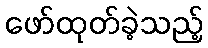
ဖော်ထုတ်ခဲ့သည့်